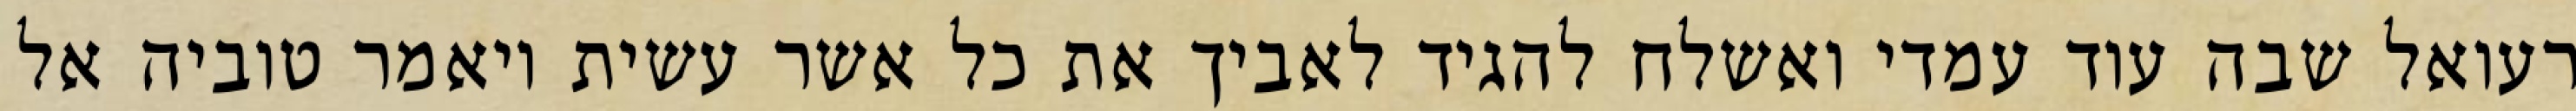
רעואל שבה עוד עמדי ואשלח להגיד לאביך את כל אשר עשית ויאמר טוביה אל